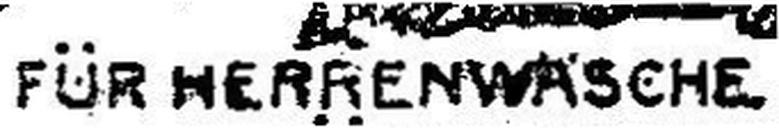
FÜR HERRENWÄSCHE.